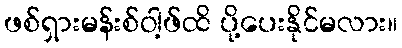
ဖစ်ရှားမန်းစ်ဝါ့ဖ်ထိ ပို့ပေးနိုင်မလား။